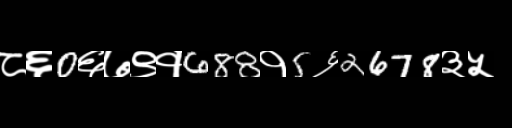
Text: ८६0६७९१688१5६2678३५